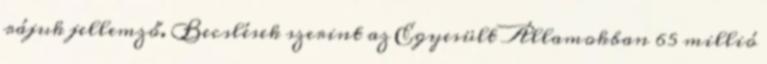
rájuk jellemző. Becslések szerint az Egyesült Államokban 65 millió